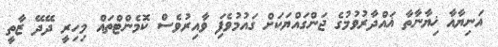
އަނިޔާއާ ޚިޔާނާތާ ޣައްދާރުވުމުގެ ޖަންގައްޔަކަށް ގައުމުވެފަި ވާއިރުވެސް ކޮމެންޓްތައް މިހިރީ ދޭދޭ ޒާތީ